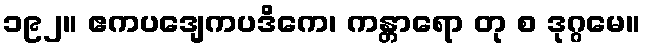
၁၉၂။ ဧကပဒျေကပဒိကေ၊ ကန္တာရော တု စ ဒုဂ္ဂမေ။